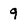
Character: 9